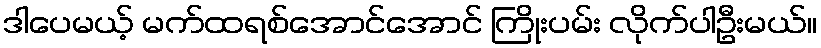
ဒါပေမယ့် မက်ထရစ်အောင်အောင် ကြိုးပမ်း လိုက်ပါဦးမယ်။